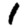
Digit: 1